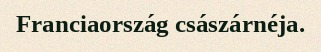
Franciaország császárnéja.